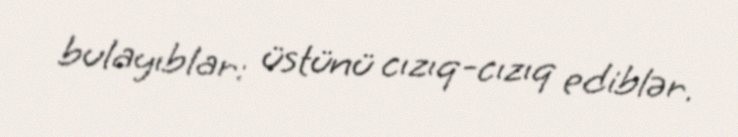
bulayıblar: üstünü cızıq-cızıq ediblər.